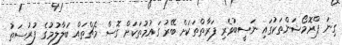
ގިނަ ޕްރޮމޯޝަންތަކުގައި ނަސީބުވެރި ފަރާތްތަކަށް ބޭރު ގައުމުތަކަށް ގޮސް މެޗްތައް ބަލާލުމުގެ ފުރުސަތު